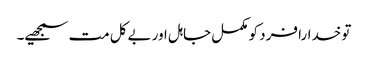
تو خدارا فرد کو مکمل جاہل اور بےکل مت سمجھیے۔